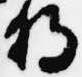
将